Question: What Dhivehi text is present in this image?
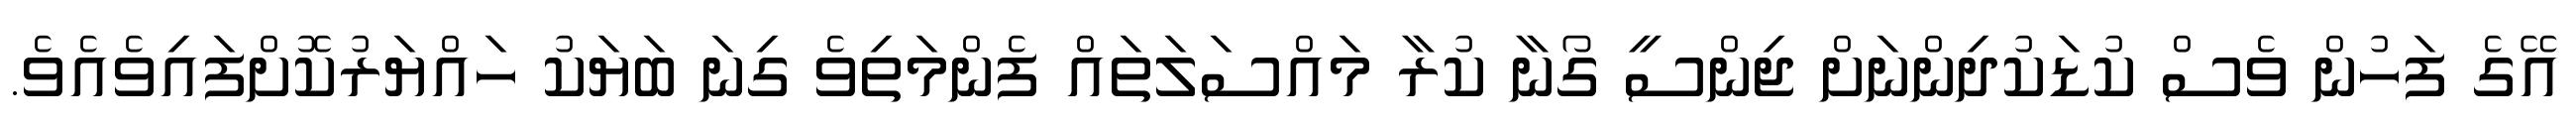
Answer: އޭގެ ފަހުން ވެސް ކުޑަކުދިންނަށް ޖިންސީ ގޯނާ ކުރާ މައްސަލަތައް ފެންމަތިވެ ގިނަ ބަޔަކު ހައްޔަރުކޮށްފައިވެއެވެ.